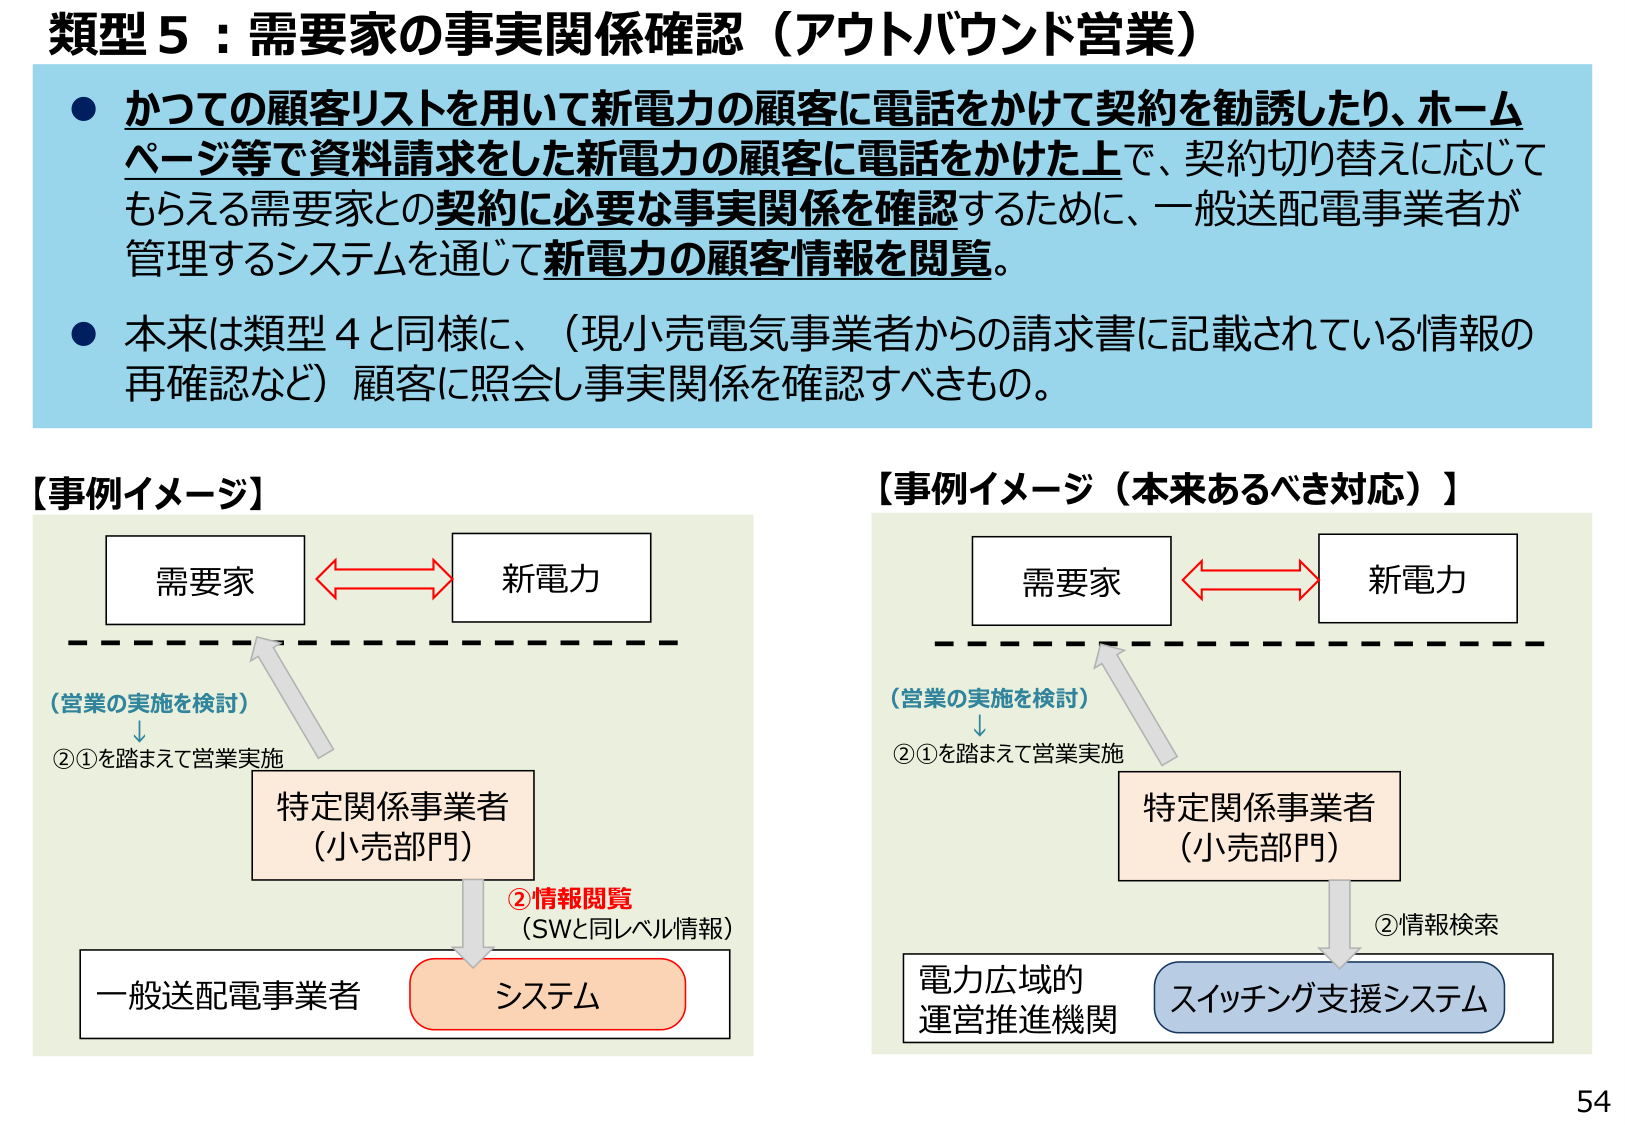
類型５：需要家の事実関係確認（アウトバウンド営業）

● かつての顧客リストを用いて新電力の顧客に電話をかけて契約を勧誘したり、ホームページ等で資料請求をした新電力の顧客に電話をかけた上で、契約切り替えに応じてもらえる需要家との契約に必要な事実関係を確認するために、一般送配電事業者が管理するシステムを通じて新電力の顧客情報を閲覧。

● 本来は類型４と同様に、（現小売電気事業者からの請求書に記載されている情報の再確認など）顧客に照会し事実関係を確認すべきもの。

【事例イメージ】

需要家 ←→ 新電力

（営業の実施を検討）
↓
②①を踏まえて営業実施

特定関係事業者
（小売部門）

②情報閲覧
（SWと同レベル情報）

一般送配電事業者 システム

【事例イメージ（本来あるべき対応）】

需要家 ←→ 新電力

（営業の実施を検討）
↓
②①を踏まえて営業実施

特定関係事業者
（小売部門）

②情報検索

電力広域的
運営推進機関 スイッチング支援システム

54